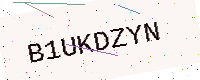
Text: B1UKDZYN